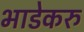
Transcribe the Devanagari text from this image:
भाडेकरु